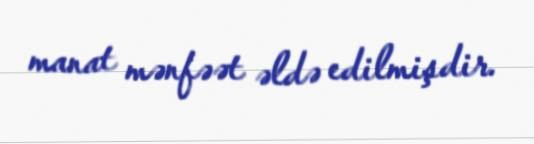
manat mənfəət əldə edilmişdir.